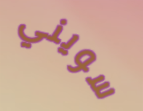
سويني